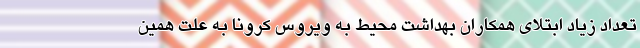
تعداد زیاد ابتلای همکاران بهداشت محیط به ویروس کرونا به علت همین